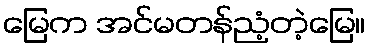
မြေက အင်မတန်ညံ့တဲ့မြေ။